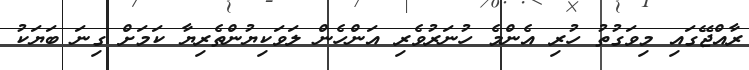
ރާއްޖޭގައި މިވަގުތު ހުރި އެންމެ ހުނަރުވެރި އަންހެން ލަވަކިޔުންތެރިޔާ ކަމަށް ގިނަ ބަޔަކު